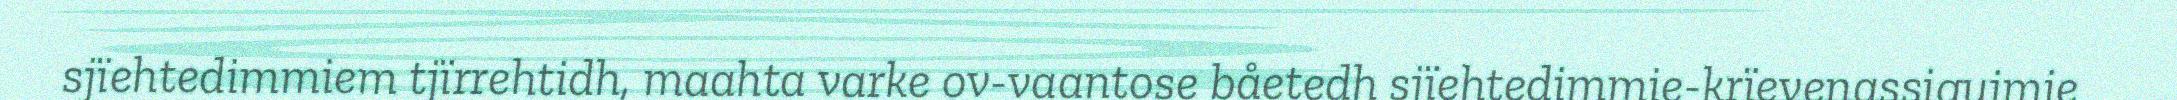
sjïehtedimmiem tjïrrehtidh, maahta varke ov-vaantose båetedh sjïehtedimmie-krïevenassigujmie